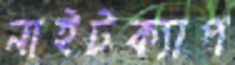
নাইটক্যাপ